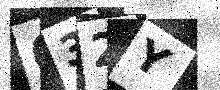
Text: Q32Y